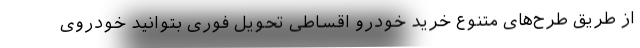
از طریق طرح‌های متنوع خرید خودرو اقساطی تحویل فوری بتوانید خودروی